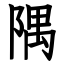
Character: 隅